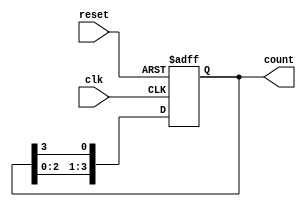
module ring_counter (
    input wire clk,          // Clock signal
    input wire reset,        // Reset signal
    output reg [3:0] count   // 4-bit output for the counter
);

// Initial state
initial begin
    count = 4'b0001; // Initialize to 0001
end

always @(posedge clk or posedge reset) begin
    if (reset) begin
        count <= 4'b0001; // Reset to initial state
    end else begin
        // Shift the '1' to the right, wrapping around
        count <= {count[2:0], count[3]};
    end
end

endmodule